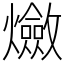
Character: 𤒦